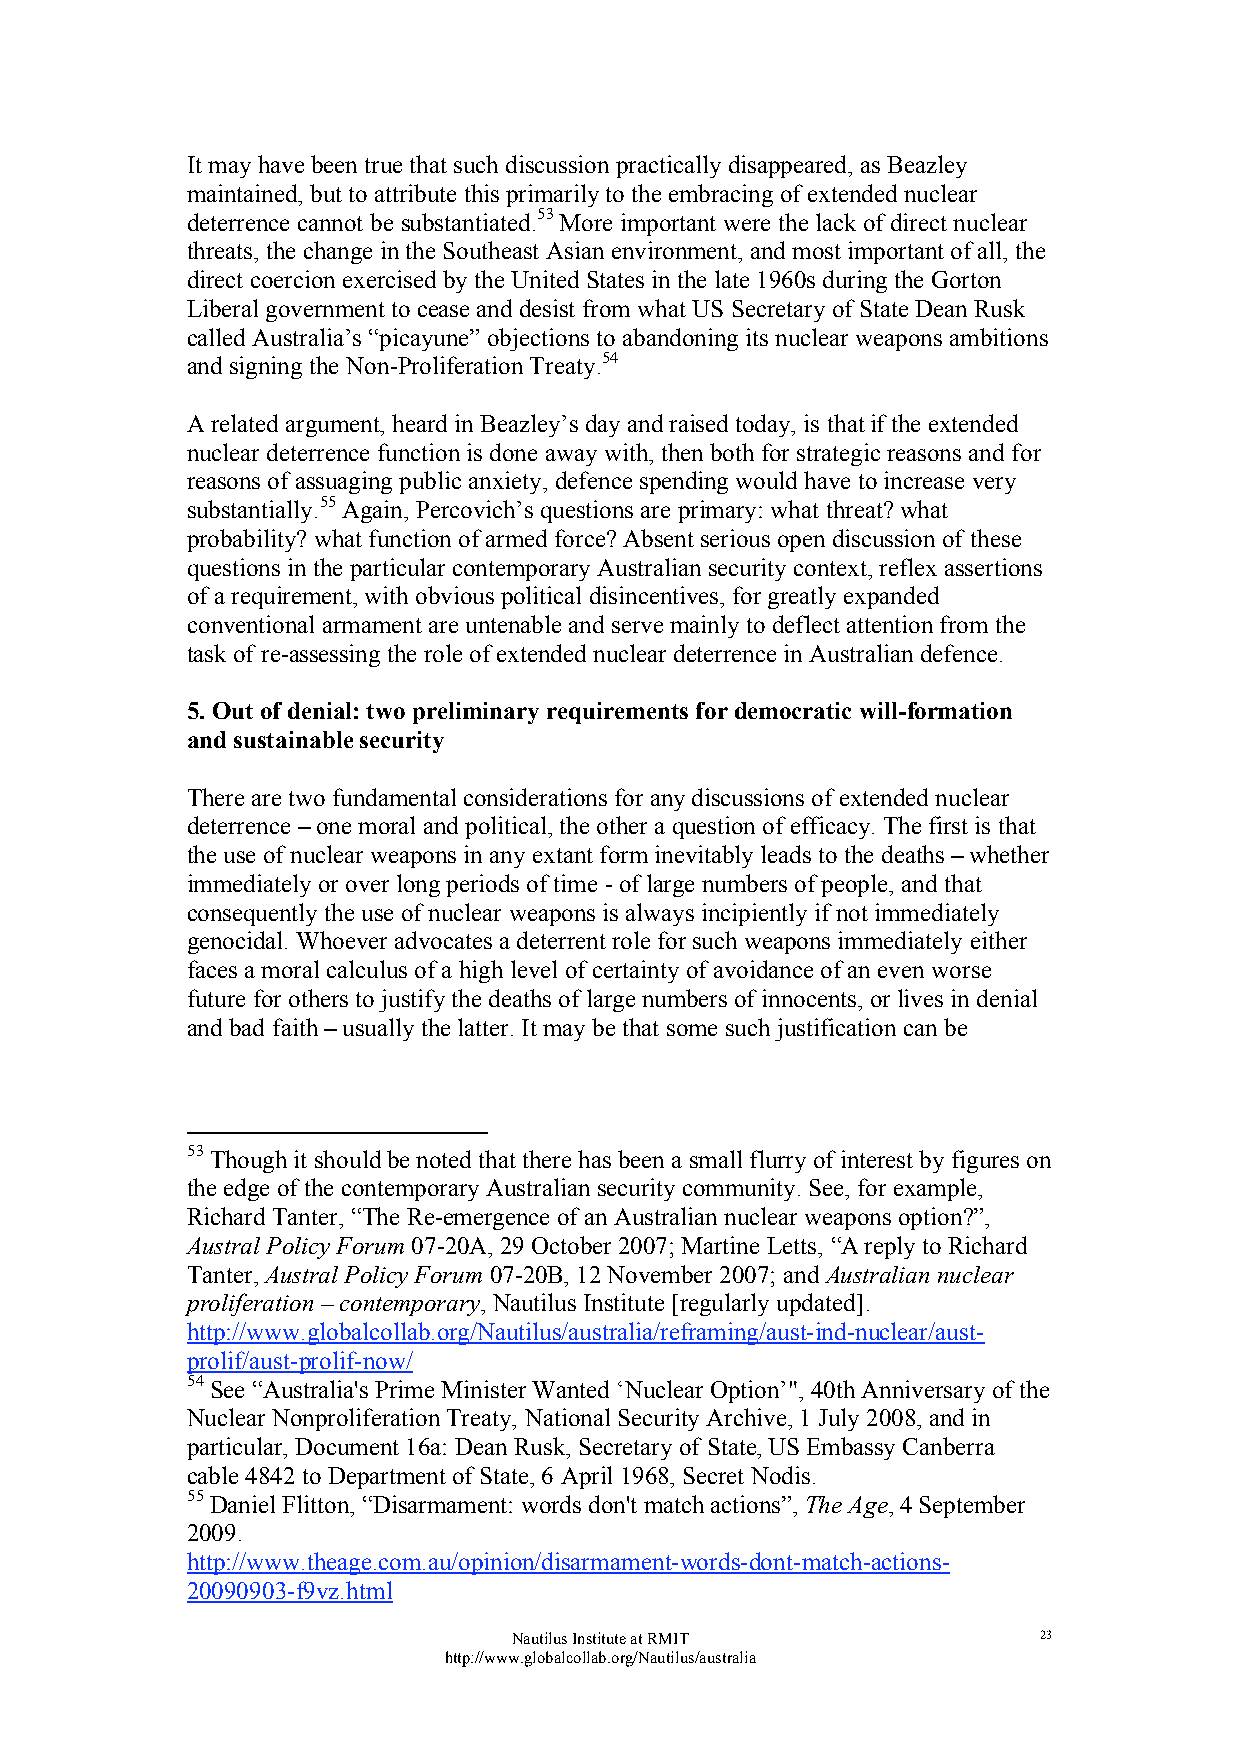
It may have been true that such discussion practically disappeared, as Beazley
 maintained, but to attribute this primarily to the embracing of extended nuclear
 deterrence cannot be substantiated.53 More important were the lack of direct nuclear
 threats, the change in the Southeast Asian environment, and most important of all, the
 direct coercion exercised by the United States in the late 1960s during the Gorton
 Liberal government to cease and desist from what US Secretary of State Dean Rusk
 called Australia’s “picayune” objections to abandoning its nuclear weapons ambitions
 and signing the Non-Proliferation Treaty.54
 A related argument, heard in Beazley’s day and raised today, is that if the extended
 nuclear deterrence function is done away with, then both for strategic reasons and for
 reasons of assuaging public anxiety, defence spending would have to increase very
 substantially.55 Again, Percovich’s questions are primary: what threat? what
 probability? what function of armed force? Absent serious open discussion of these
 questions in the particular contemporary Australian security context, reflex assertions
 of a requirement, with obvious political disincentives, for greatly expanded
 conventional armament are untenable and serve mainly to deflect attention from the
 task of re-assessing the role of extended nuclear deterrence in Australian defence.
 5. Out of denial: two preliminary requirements for democratic will-formation
 and sustainable security
 There are two fundamental considerations for any discussions of extended nuclear
 deterrence – one moral and political, the other a question of efficacy. The first is that
 the use of nuclear weapons in any extant form inevitably leads to the deaths – whether
 immediately or over long periods of time - of large numbers of people, and that
 consequently the use of nuclear weapons is always incipiently if not immediately
 genocidal. Whoever advocates a deterrent role for such weapons immediately either
 faces a moral calculus of a high level of certainty of avoidance of an even worse
 future for others to justify the deaths of large numbers of innocents, or lives in denial
 and bad faith – usually the latter. It may be that some such justification can be
 53 Though it should be noted that there has been a small flurry of interest by figures on
 the edge of the contemporary Australian security community. See, for example,
 Richard Tanter, “The Re-emergence of an Australian nuclear weapons option?”,
 Austral Policy Forum 07-20A, 29 October 2007; Martine Letts, “A reply to Richard
 Tanter, Austral Policy Forum 07-20B, 12 November 2007; and Australian nuclear
 proliferation – contemporary, Nautilus Institute [regularly updated].
 http://www.globalcollab.org/Nautilus/australia/reframing/aust-ind-nuclear/aust-
 prolif/aust-prolif-now/
 54 See “Australia's Prime Minister Wanted ‘Nuclear Option’", 40th Anniversary of the
 Nuclear Nonproliferation Treaty, National Security Archive, 1 July 2008, and in
 particular, Document 16a: Dean Rusk, Secretary of State, US Embassy Canberra
 cable 4842 to Department of State, 6 April 1968, Secret Nodis.
 55 Daniel Flitton, “Disarmament: words don't match actions”, The Age, 4 September
 2009.
 http://www.theage.com.au/opinion/disarmament-words-dont-match-actions-
 20090903-f9vz.html
 Nautilus Institute at RMIT         23
 http://www.globalcollab.org/Nautilus/australia